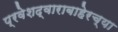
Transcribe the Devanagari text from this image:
प्रवेशद्वाराबाहेरच्या